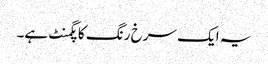
یہ ایک سرخ رنگ کا پگمنٹ ہے۔